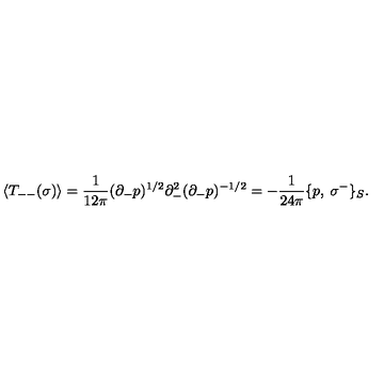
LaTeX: \langle T _ { -- } ( \sigma ) \rangle = \frac { 1 } { 1 2 \pi } ( \partial _ { - } p ) ^ { 1 / 2 } \partial _ { - } ^ { 2 } ( \partial _ { - } p ) ^ { - 1 / 2 } = - \frac { 1 } { 2 4 \pi } \{ p , \: \sigma ^ { - } \} _ { S } .